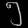
Digit: ၅